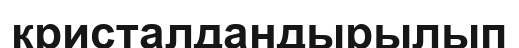
кристалдандырылып